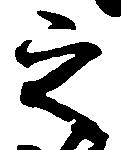
之